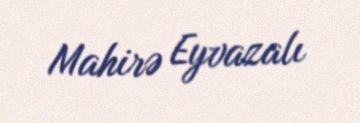
Mahirə Eyvazalı